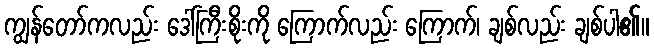
ကျွန်တော်ကလည်း ဒေါ်ကြီးစိုးကို ကြောက်လည်း ကြောက်၊ ချစ်လည်း ချစ်ပါ၏။